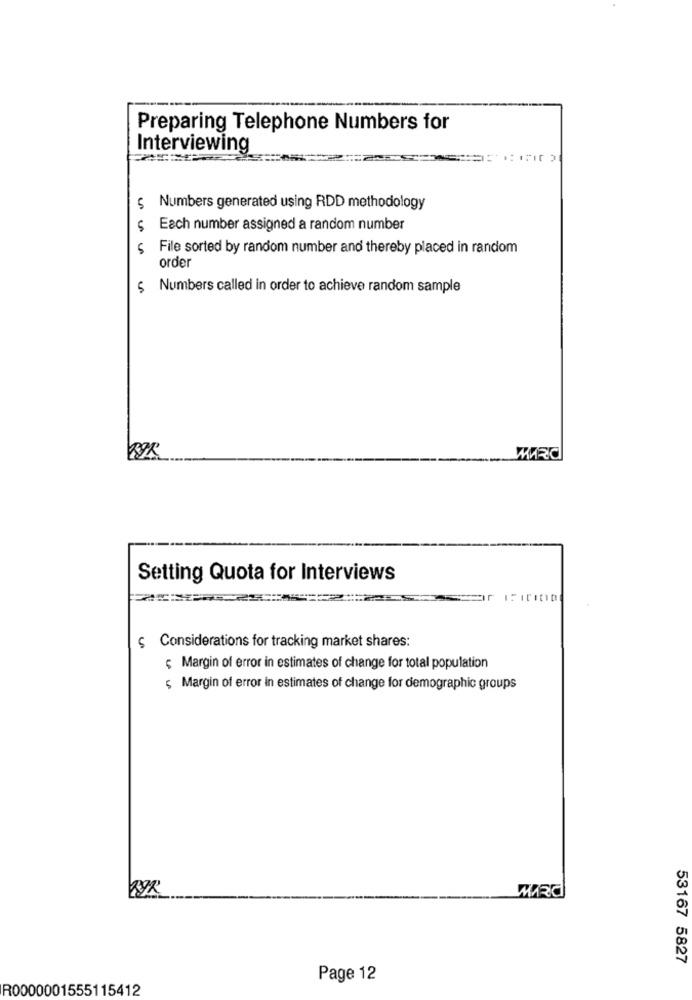
Preparing Telephone Numbers for
Interviewing
$ Numbers generated using RDD methodology
5
Each number assigned a random number
5
File sorted by random number and thereby placed in random
order
$ Numbers called in order to achieve random sample
MARC
Setting Quota for Interviews
$ Considerations for tracking market shares:
; Margin of error in estimates of change for total population
; Margin of error in estimates of change for demographic groups
WIRd
53167 5827
Page 12
R0000001555115412